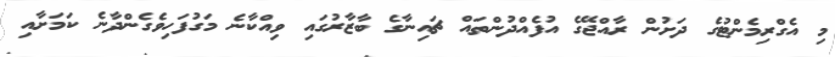
މި އެގްރިމެންޓުގެ ދަށުން ރާއްޖޭގެ އުފެއްދުންތައް ޗައިނާގެ ބާޒާރުގައި ވިއްކާނެ މަގުފަހިވެގެންދާނެ ކަމަށާއި